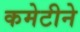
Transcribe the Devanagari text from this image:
कमेटीने